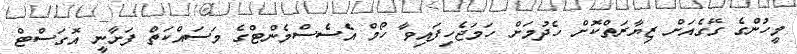
މީހުންގެ ގޭގެއަށް ޒިޔާރަތްކޮށް ހެދުމަށް ހަމަޖެހިފައިވާ ހޯމް އެސެސްމެންޓްގެ މަސައްކަތް ފަށާނީ އޮގަސްޓް